Vaccination North-Western Provinces and Oudh 1896-1901 - 1896-1901
Year: 1896
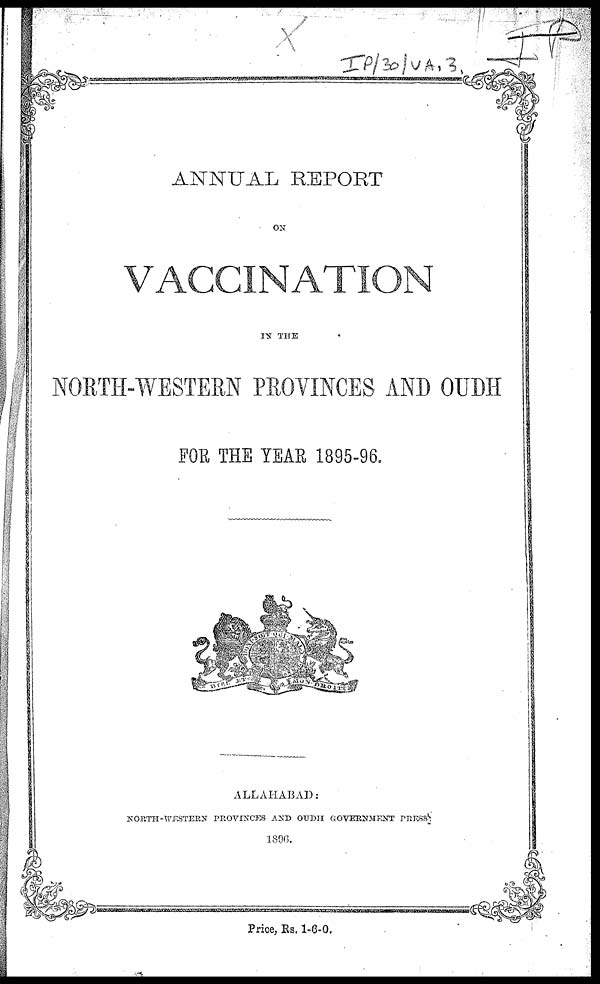
ANNUAL REPORT
ON
VACCINATION
IN THE
NORTH-WESTERN PROVINCES AND OUDH
FOR THE YEAR 1895-96.
ALLAHABAD:
NORTH-WESTERN PROVINCES AND OUDH GOVERNMENT PRESS.
1896.
Price, Rs. 1-6-0.